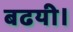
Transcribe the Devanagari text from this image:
बढयी।